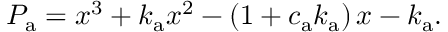
P _ { \mathrm { a } } = x ^ { 3 } + k _ { \mathrm { a } } x ^ { 2 } - \left( 1 + c _ { \mathrm { a } } k _ { \mathrm { a } } \right) x - k _ { \mathrm { a } } .